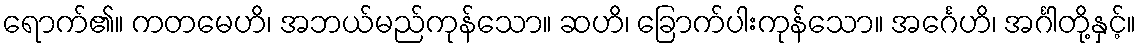
ရောက်၏။ ကတမေဟိ၊ အဘယ်မည်ကုန်သော။ ဆဟိ၊ ခြောက်ပါးကုန်သော။ အင်္ဂေဟိ၊ အင်္ဂါတို့နှင့်။